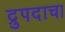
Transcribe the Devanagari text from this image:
द्रुपदाचा